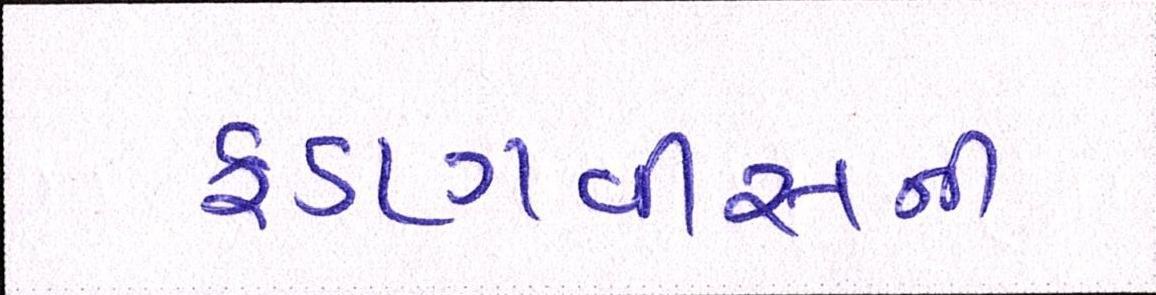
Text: ફડણવીસની